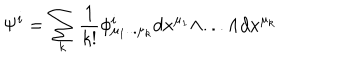
LaTeX: \Psi ^ { i } = \sum _ { k } { \frac { 1 } { k ! } } \phi _ { \mu _ { 1 } . . . \mu _ { k } } ^ { i } d x ^ { \mu _ { 1 } } \wedge . . . \wedge d x ^ { \mu _ { k } }